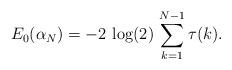
LaTeX: \begin{align*}E_{0}(\alpha_{N})=-2\,\log(2)\,\sum_{k=1}^{N-1}\tau(k).\end{align*}